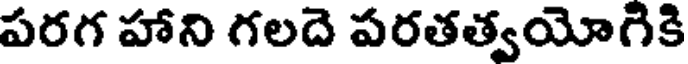
పరగ హాని గలదె పరతత్వయోగికి